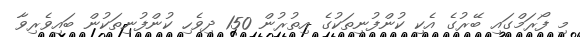
މި ފޯރަމްގައި ބޭރުގެ އެކި ކުންފުނިތަކުގެ އިތުރުން 150 ދިވެހި ކުންފުނިތަކުން ބައިވެރިވާ